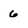
Character: 6